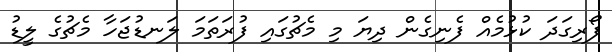
ފޯރިގަދަ ކުޅުމެއް ފެނިގެން ދިޔަ މި މެޗުގައި ފުރަތަމަ ލަނޑުޖަހާ މެޗުގެ ލީޑު